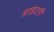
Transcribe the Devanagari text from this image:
डाइटरी